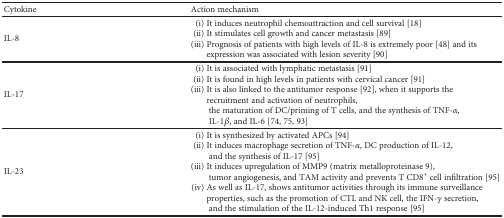
<table><thead><tr><td><b>Cytokine</b></td><td><b>Action mechanism</b></td></tr></thead><tbody><tr><td>IL-8</td><td>(i) It induces neutrophil chemoattraction and cell survival [18](ii) It stimulates cell growth and cancer metastasis [89](iii) Prognosis of patients with high levels of IL-8 is extremely poor [48] and its expression was associated with lesion severity [90]</td></tr><tr><td>IL-17</td><td>(i) It is associated with lymphatic metastasis [91](ii) It is found in high levels in patients with cervical cancer [91](iii) It is also linked to the antitumor response [92], when it supports the recruitment and activation of neutrophils, the maturation of DC/priming of T cells, and the synthesis of TNF-<i>α</i>, IL-1<i>β</i>, and IL-6 [74, 75, 93]</td></tr><tr><td>IL-23</td><td>(i) It is synthesized by activated APCs [94](ii) It induces macrophage secretion of TNF-<i>α</i>, DC production of IL-12, and the synthesis of IL-17 [95](iii) It induces upregulation of MMP9 (matrix metalloproteinase 9), tumor angiogenesis, and TAM activity and prevents T CD8<sup>+</sup> cell infiltration [95](iv) As well as IL-17, shows antitumor activities through its immune surveillance properties, such as the promotion of CTL and NK cell, the IFN-<i>γ</i> secretion, and the stimulation of the IL-12-induced Th1 response [95]</td></tr></tbody></table>